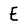
Character: E